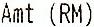
AMT (RM)